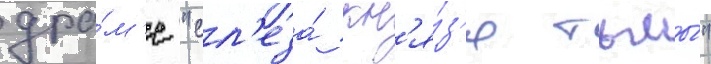
дра́м'е "сл'еза́ кн'я́з'я тьмы́"